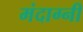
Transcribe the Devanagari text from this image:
मंदाग्नी